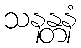
သနန္တနံ